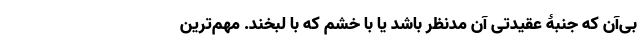
بی‌آن که جنبۀ عقیدتی آن مد‌نظر باشد یا با خشم که با لبخند. مهم‌ترین